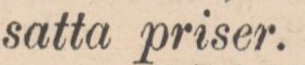
satta priser.